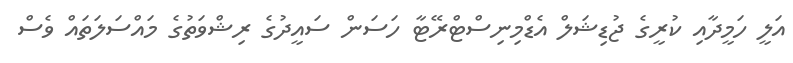
އަލީ ހަމީދާއި ކުރީގެ ޖުޑިޝަލް އެޑްމިނިސްޓްރޭޓާ ހަސަން ސައީދުގެ ރިޝްވަތުގެ މައްސަލަތައް ވެސް